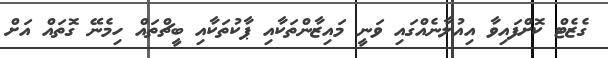
ގެޒެޓް ކޮށްފައިވާ އިއުލާނެއްގައި ވަނީ މައިޒާންތަކާއި ޕާކުތަކާއި ބީޗްތައް ހިމެނޭ ގޮތައް އަށް